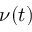
\nu ( t )